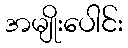
အမျိုးပေါင်း